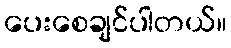
ပေးစေချင်ပါတယ်။